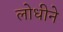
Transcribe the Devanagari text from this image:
लोधीने